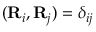
( { \bf R } _ { i } , { \bf R } _ { j } ) = \delta _ { i j }